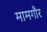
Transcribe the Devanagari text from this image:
मामगौर